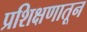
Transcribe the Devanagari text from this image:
प्रशिक्षणातून